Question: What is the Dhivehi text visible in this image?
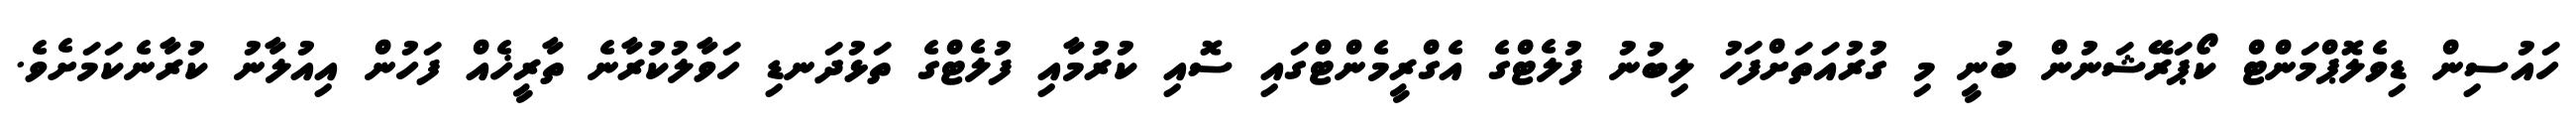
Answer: ހައުސިން ޑިވެލޮޕްމަންޓް ކޯޕަރޭޝަނުން ބުނީ މި ގުރުއަތަށްފަހު ލިބުނު ފުލެޓްގެ އެގްރީމެންޓްގައި ސޮއި ކުރުމާއި ފުލެޓްގެ ތަޅުދަނޑި ހަވާލުކުރާނެ ތާރީޚެއް ފަހުން އިއުލާނު ކުރާނެކަމަށެވެ.